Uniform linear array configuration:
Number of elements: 32
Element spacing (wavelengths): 0.25
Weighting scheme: kaiser
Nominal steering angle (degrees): -60
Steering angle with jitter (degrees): -61.13
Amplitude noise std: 0.05
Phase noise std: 0.05

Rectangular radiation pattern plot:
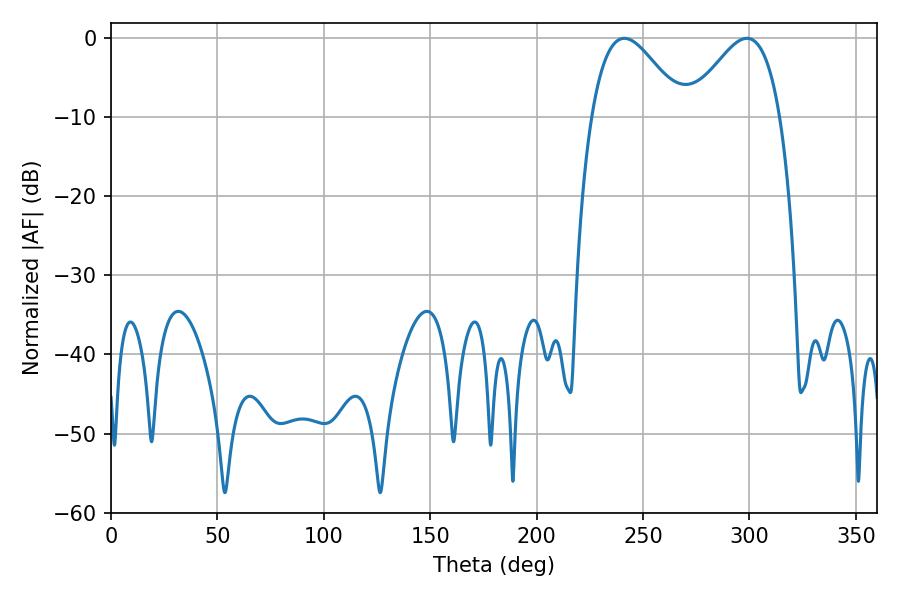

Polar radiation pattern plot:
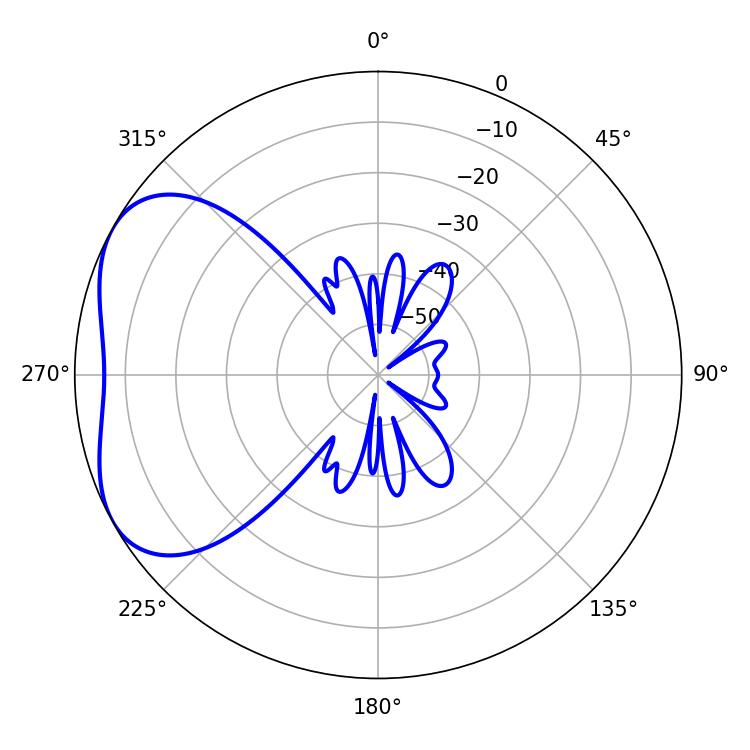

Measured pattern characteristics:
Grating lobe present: FALSE
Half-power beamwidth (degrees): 23.04
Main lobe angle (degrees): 241.2